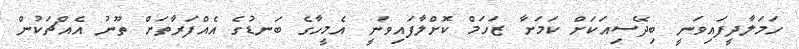
ހަމަލާދީފައިވަނީ ބިދޭސިއަކަށް ކަމަށާ ޒަހަމް ކޮށްލާފައިވަނީ އެމީހާގެ ބަނޑުގެ އެއްފަރާތަށް ތޫނު އެއްޗަކުން